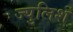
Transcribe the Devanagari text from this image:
ज्युलिश